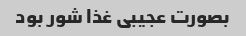
بصورت عجیبی غذا شور بود